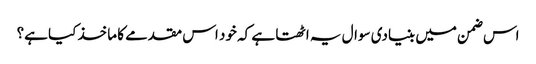
اس ضمن میں بنیادی سوال یہ اٹھتا ہے کہ خود اس مقدمے کا ماخذ کیا ہے؟